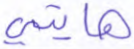
هايتي